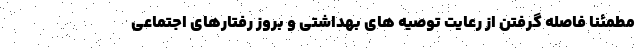
مطمئنا فاصله گرفتن از رعایت توصیه های بهداشتی و بروز رفتارهای اجتماعی